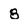
Character: 8